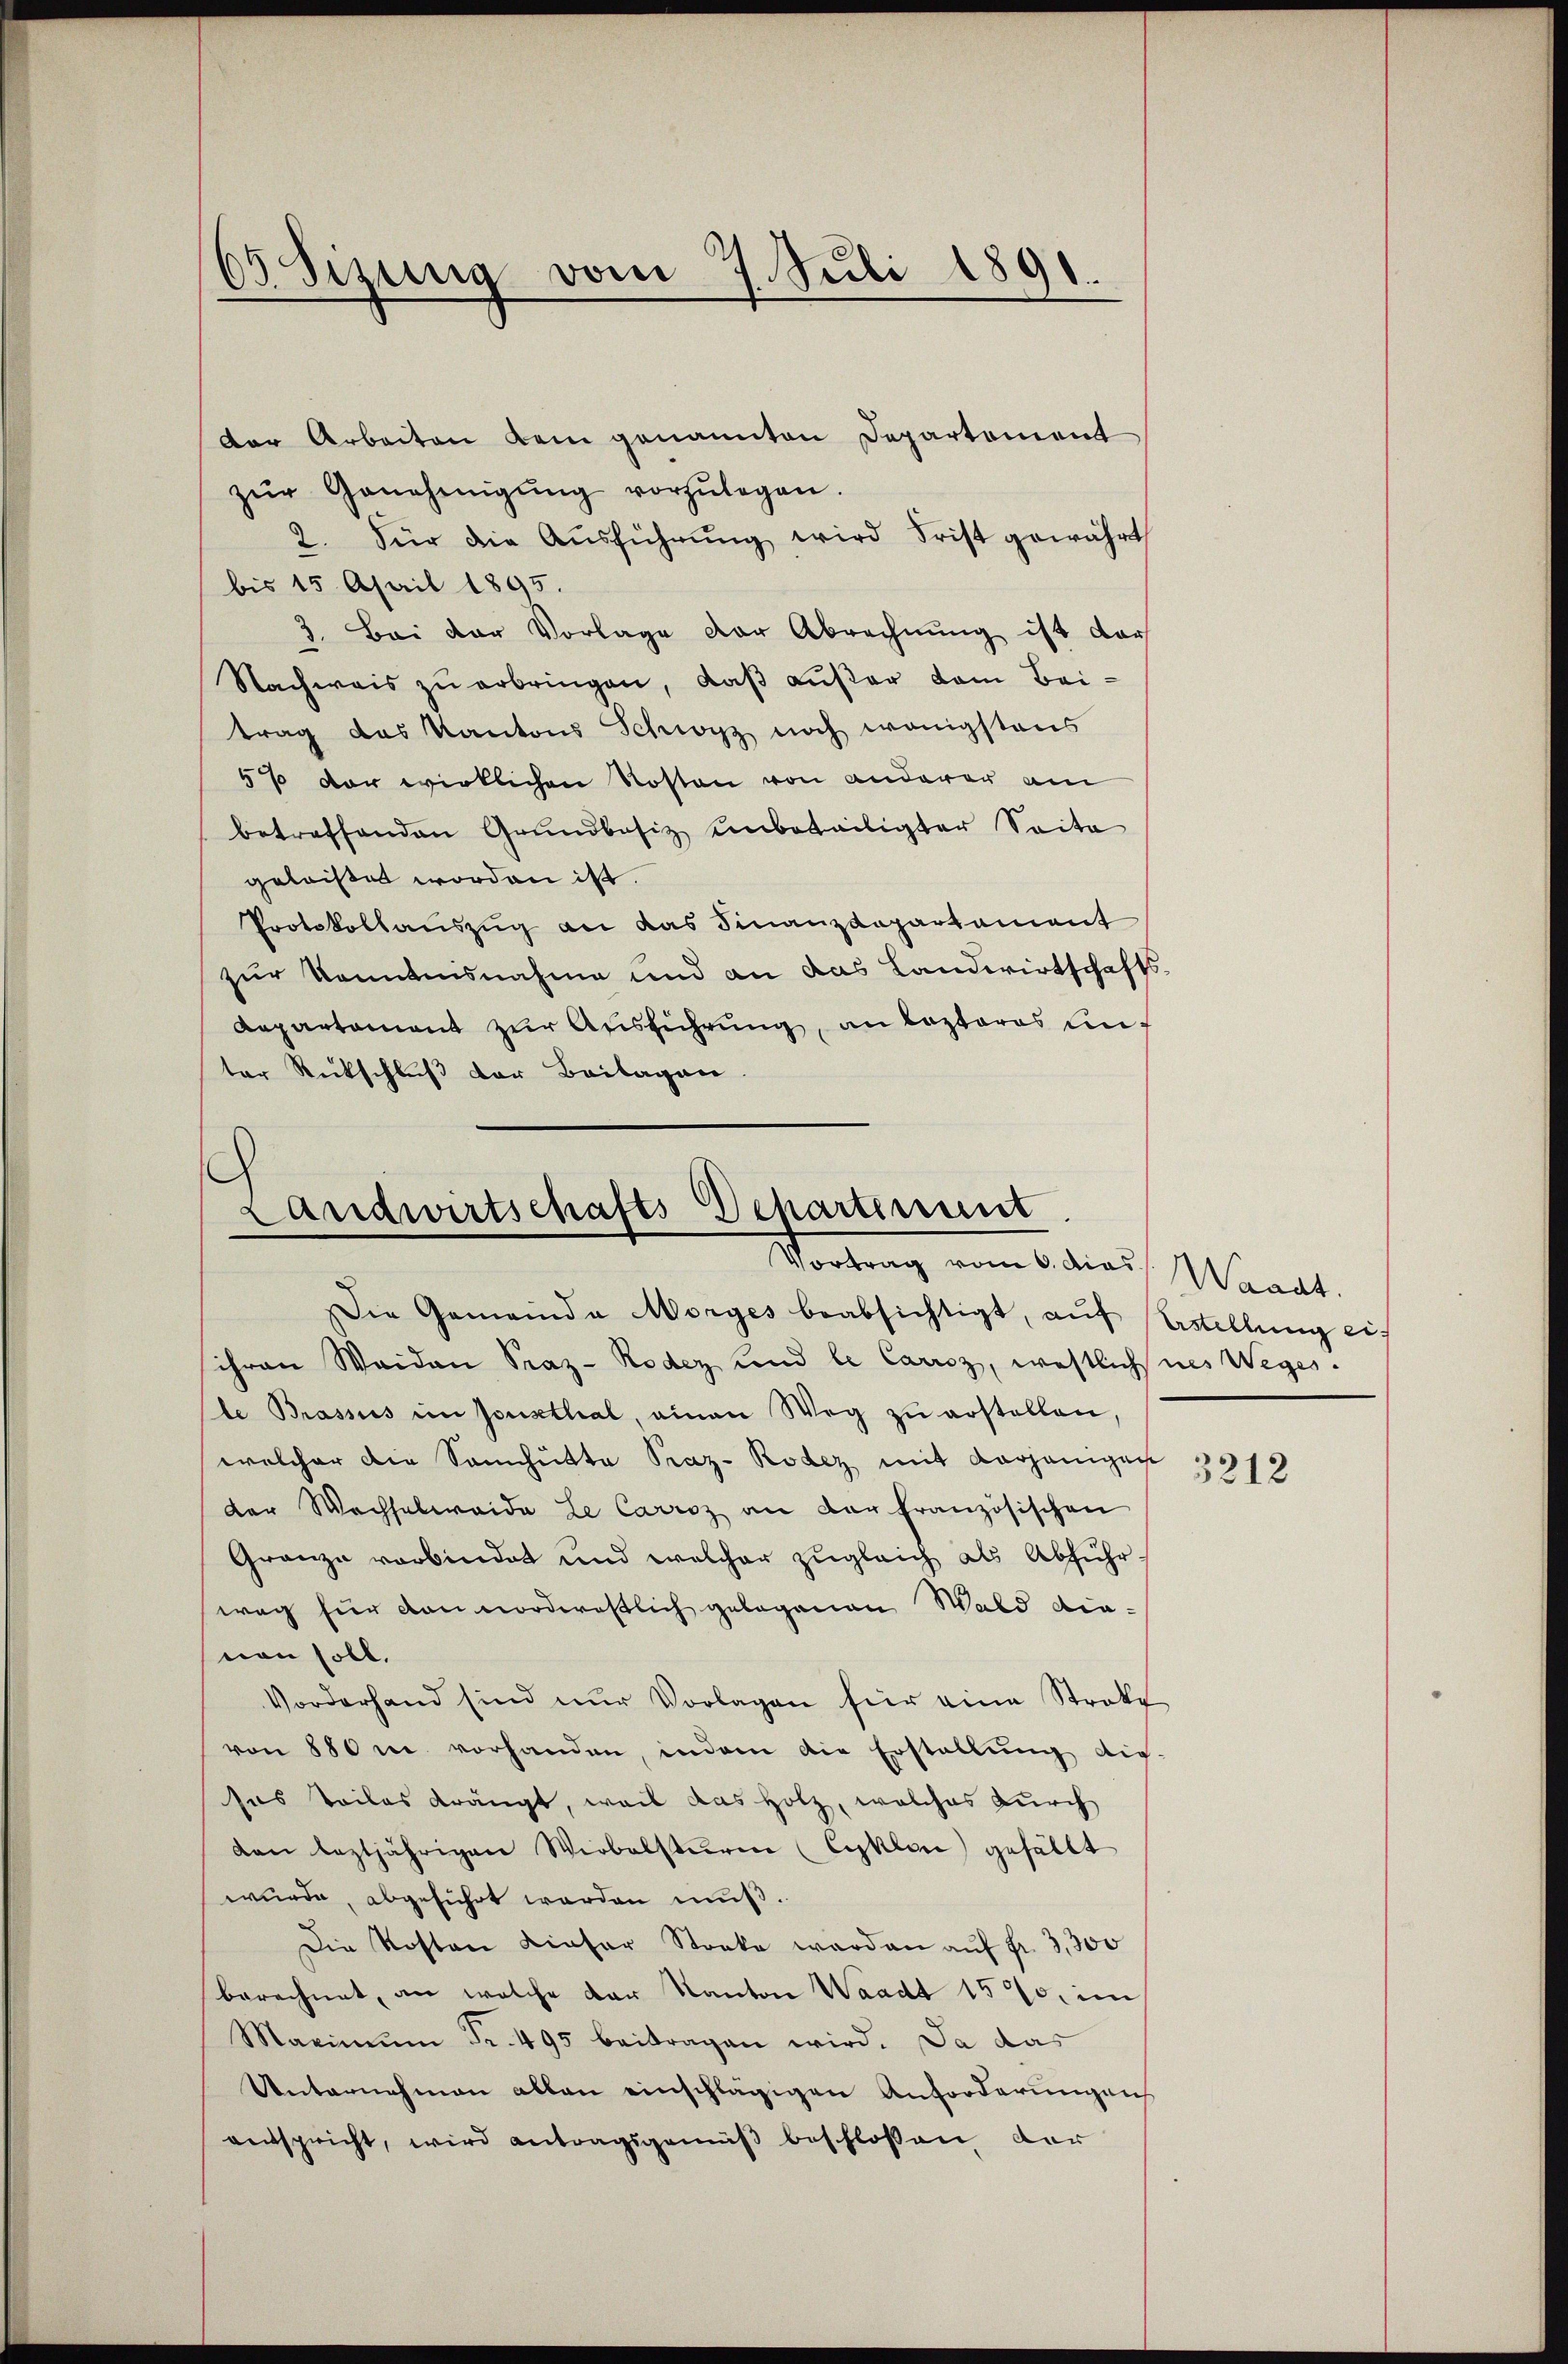
0 Sizung vom 7. Juli 1891.

der Arbeiten dem genannten Departement
zŭr Genehmigŭng vorzŭlegen.
2. Für die Aŭsführŭng wird Frist gewährt
bis 15. April 1895.
Bei der Vorlage der Abrechnung ist dar
3.
Nachweis zu erbringen, daß außer dem Beitrag das Kantons Schwyz noch wenigstens
5% der wirklichen Kosten von anderer am
betreffenden Grundbesiz unbeteiligter Seite
geleiset worden ist.
Protokollaŭszŭg an das Finanzdepartement
zur Kenntnisnahme und an das Landwirtschafts-
Repartement zur Ausführung, an lezteres auf
ter Rückschluß der Beilagen.

Landwirtschafts-Departenunt
Vortrag vom 6. die Waadt.
Die Gemeinde Morges beabsichtigt, auf Erstellung ei¬

ihren Waiden Praz- Rodez und le Carriz, westlichenes Weges.
le Brassus in sonsthal, ainen Weg zŭ erstellen,
welcher die Sanchitte Praz- Rodez mit derjenigen
der Wachselweide Le Carroz an der französischen
Granze verbindet und welcher zugleich als Abführweg für von worderestlich gelegenen Wald die-
non soll.
Vorderhand sind nŭr Vorlagen für eine Stroke
von 880 m vorhanden, indem die Erstellung di
sas teiles drängt, weil das Holz, welches durch
van leztjährigen Wirbelsturm (Cyklen) gefällt
wurde, abgeführt werden muß.
Die Kosten Lieser Stocke werden aŭf fr. 3,300
berechnet, an welche der Kanton Waadt 157, im
Maximŭm Fr. 495 beitragen wird. Da das
Unternehmen allen einschlägigen Anforderungens
entspricht, wird antragsgemäß beschlossen der

3212